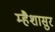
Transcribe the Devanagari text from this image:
म्हैशासुर